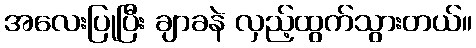
အလေးပြုပြီး ချာခနဲ လှည့်ထွက်သွားတယ်။